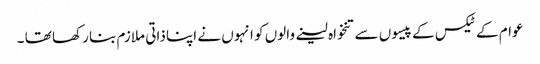
عوام کے ٹیکس کے پیسوں سے تنخواہ لینے والوں کو انہوں نے اپنا ذاتی ملازم بنا رکھا تھا ۔